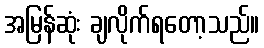
အမြန်ဆုံး ချလိုက်ရတော့သည်။